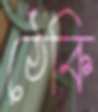
ঠেকি